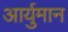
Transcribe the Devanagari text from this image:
आर्युमान